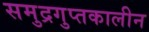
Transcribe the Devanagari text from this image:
समुद्रगुप्तकालीन